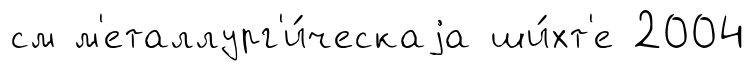
см м'еталлург'и́ческаjа ши́хт'е 2004